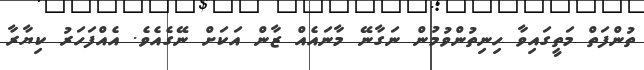
ތުންފަތް މަތީގައިވާ ހިނިތުންވުމުން ނަގާނޭ މާނައެއް ޒާން އަކަށް ނޭގެއެވެ. އެއްފަހަރު ކިޔާރާ